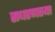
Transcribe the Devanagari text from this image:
सधरणतया